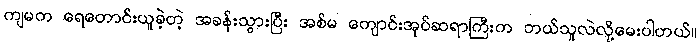
ကျမက ရေတောင်းယူခဲ့တဲ့ အခန်းသွားပြီး အစ်မ ကျောင်းအုပ်ဆရာကြီးက ဘယ်သူလဲလို့မေးပါတယ်။